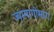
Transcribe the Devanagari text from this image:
ज्यामागोमाग